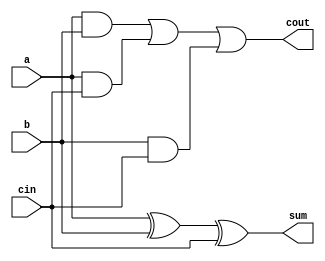
module full_adder (
    sum,
    cout,
    a,
    b,
    cin
);
    input a, b, cin ;
    output sum, cout;
    wire axb ;
    assign #4 sum = a^b^cin;
    assign #3 cout = (a&b) | (a&cin) | (b&cin);
endmodule

module add16_rc (
    sum16, cout, a16, b16, cin
);
    input [15:0]a16;
    input [15:0] b16;
    input cin;
    wire [16:0] carry;
    assign carry[0] = cin;
    output [15:0]sum16;
    output cout;
    genvar i;
    generate for (i = 0;i<16 ;i=i+1 ) begin
        full_adder g1(sum16[i], carry[i+1], a16[i], b16[i], carry[i]);
    end
    endgenerate
    assign cout = carry[16];
endmodule

module carry_generator (
    couts, p, g, cin
);
    input [3:0] g;
    input [3:0] p;
    input cin;
    output [3:0] couts;
    assign #2 couts[0] = g[0]|(p[0]&cin);
    assign #2 couts[1] = g[1]|(p[1]&couts[0]);
    assign #2 couts[2] = g[2]|(p[2]&couts[1]);
    assign #2 couts[3] = g[3]|(p[3]&couts[2]);
endmodule

module full_adder_pg (
    sum, cout, p, g, a, b, cin
);
    input a, b, cin;
    output sum, cout, p, g;
    assign #4 sum = a^b^cin;
    assign #1 g = a&b;
    assign #1 p = a|b;
    assign #1 cout = g|(p&cin);
endmodule

module add4_cla (
    sum4, cout, a4, b4, cin
);
    input [3:0]a4;
    input [3:0] b4;
    input cin;
    wire [4:0] carry;
    assign carry[0] = cin;
    output [3:0]sum4;
    output cout;
    wire [3:0] g;
    wire [3:0] p;
    genvar i;
    generate
        for (i = 0; i<4 ;i=i+1 ) begin
            full_adder_pg pg1( , ,p[i], g[i], a4[i], b4[i], );
        end
    endgenerate
    wire [3:0]couts;
    carry_generator cry(couts, p, g, cin);
    wire [4:0] final;
    assign #4 sum4[0] = a4[0]^b4[0]^cin;
    assign #4 sum4[1] = a4[1]^b4[1]^couts[0];
    assign  #4 sum4[2] = a4[2]^b4[2]^couts[1];
    assign  #4 sum4[3] = a4[3]^b4[3]^couts[2];
    assign cout = couts[3];
endmodule

module add16_cla (
    sum16, cout, a16, b16, cin
);
    input [15:0] a16;
    input [15:0] b16;
    input cin;
    output [15:0] sum16;
    output cout;
    wire [16:0] carry;
    wire [3:0] gstr;
    wire [3:0] pstr;
    wire [15:0] g;
    wire [15: 0] p;
    wire [4:0] couts;
    assign couts[0] = cin;
    genvar i;
    generate
        for (i =0 ;i<16 ;i=i+1 ) begin
            full_adder_pg g1( , , p[i], g[i], a16[i], b16[i], );
        end
    endgenerate
    genvar j;
    generate for (j =0 ;j<13 ; j=j+4) begin
        assign  gstr[j/4] = g[j+3] | g[j+2]&p[j+3] | g[j+1]&p[j+2]&p[j+3] | g[j]&p[j+1]&p[j+2]&p[j+3];
        assign  pstr[j/4] = p[j]&p[j+1]&p[j+2]&p[j+3];
        //assign couts[1+j/4] = gstr[j/4]|(couts[j/4]&p[j/4]);
    end
    endgenerate
    assign #2 couts[1] = gstr[0] | couts[0]&pstr[0];
    assign #4 couts[2] = gstr[1] | gstr[0]&pstr[1] | couts[0]&pstr[0]&pstr[1];
    assign #4 couts[3] = gstr[2] | gstr[1]&pstr[2] | gstr[0]&pstr[1]&pstr[2] | couts[0]&pstr[0]&pstr[1]&pstr[2];
    assign #6 couts[4] = gstr[3] | gstr[1]&pstr[2]&pstr[3] | gstr[0]&pstr[1]&pstr[2]&pstr[3] | couts[0]&pstr[0]&pstr[1]&pstr[2]&pstr[3];
    add4_cla f1(sum16[3:0], , a16[3:0], b16[3:0], couts[0]);
    add4_cla f2(sum16[7:4], , a16[7:4], b16[7:4], couts[1]);
    add4_cla f3(sum16[11:8], , a16[11:8], b16[11:8], couts[2]);
    add4_cla f4(sum16[15:12], , a16[15:12], b16[15:12], couts[3]);
    assign cout = couts[4];
endmodule